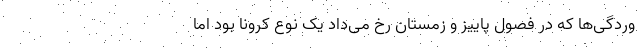
وردگی‌ها که در فصول پاییز و زمستان رخ می‌داد یک نوع کرونا بود اما